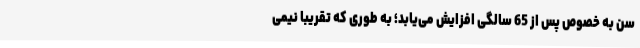
سن به خصوص پس از 65 سالگی افزایش می‌یابد؛ به طوری که تقریباً نیمی